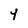
Character: Y